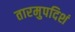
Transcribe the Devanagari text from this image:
तारमुपदिशं